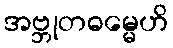
အဗ္ဘုတဓမ္မေဟိ